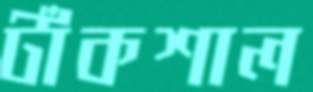
টাঁকশাল